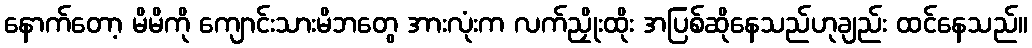
နောက်တော့ မိမိကို ကျောင်းသားမိဘတွေ အားလုံးက လက်ညှိုးထိုး အပြစ်ဆိုနေသည်ဟုချည်း ထင်နေသည်။